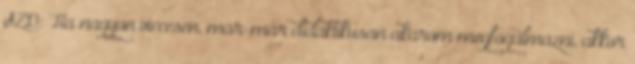
SZD: Ha nagyon viccesen, már-már didaktikusan akarom megfogalmazni, akkor